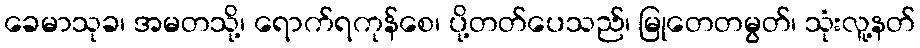
ခေမာသုခ၊ အမတသို့၊ ရောက်ရကုန်စေ၊ ပို့တတ်ပေသည်၊ မြုတေတမွတ်၊ သုံးလူ့နတ်